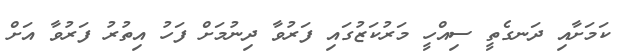
ކަމަށާއި ދަނގެތީ ސިއްހީ މަރުކަޒުގައި ފަރުވާ ދިނުމަށް ފަހު އިތުރު ފަރުވާ އަށް